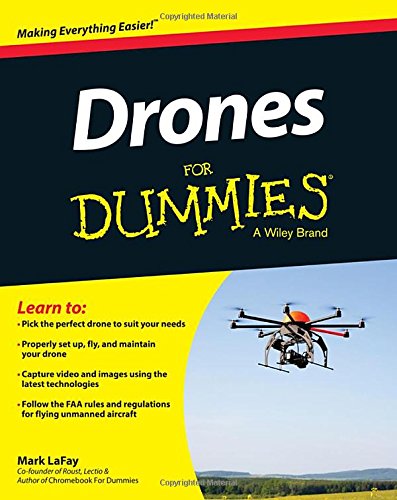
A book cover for Drones For Dummies; Mark LaFay; Engineering & Transportation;